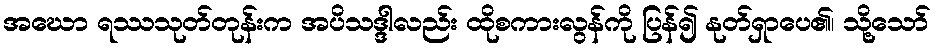
အဃော ရဿသုတ်တုန်းက အပိသဒ္ဒါလည်း ထိုစကားလွန်ကို ပြန်၍ နုတ်ရှာပေ၏၊ သို့သော်